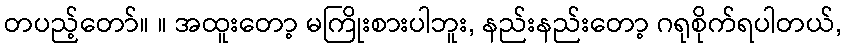
တပည့်တော်။ ။ အထူးတော့ မကြိုးစားပါဘူး, နည်းနည်းတော့ ဂရုစိုက်ရပါတယ်,